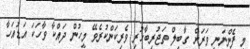
މި ފެންނަނީ ވަރަށް ގާބިލް ތަޖުރިބާހުރި ވެރިކަންކުރެވޭ މީހުން ދައްކާ ވާހަކަ އަޑުއަހާ